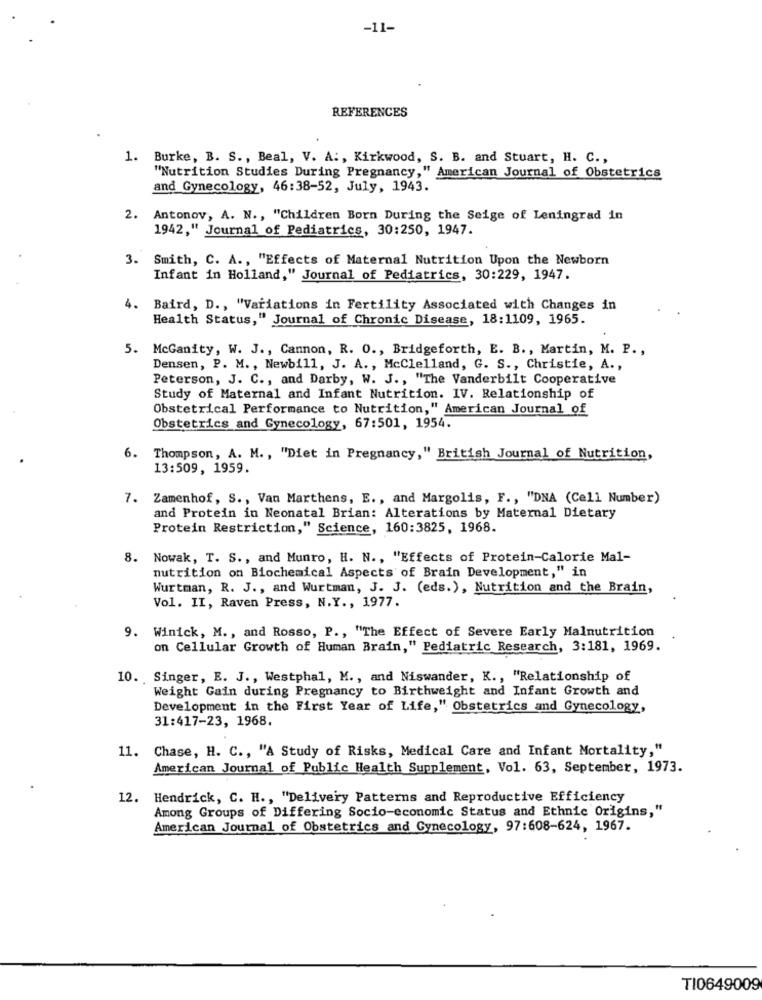
-11-
REFERENCES
1. Burke, B. S ., Beal, V. A :, Kirkwood, S. B. and Stuart, H. C .,
"Nutrition Studies During Pregnancy," American Journal of Obstetrics
and Gynecology, 46:38-52, July, 1943.
2. Antonov, A. N ., "Children Born During the Seige of Leningrad in
1942," Journal of Pediatrics, 30:250, 1947.
3. Smith, C. A ., "Effects of Maternal Nutrition Upon the Newborn
Infant in Holland," Journal of Pediatrics, 30:229, 1947.
Baird, D ., "Variations in Fertility Associated with Changes in
Health Status," Journal of Chronic Disease, 18:1109, 1965.
5. McGanity, W. J ., Cannon, R. O ., Bridgeforth, E. B ., Martin, M. P .,
Densen, P. M ., Newbill, J. A ., McClelland, G. S ., Christie, A .,
Peterson, J. C ., and Darby, W. J ., "The Vanderbilt Cooperative
Study of Maternal and Infant Nutrition. IV. Relationship of
Obstetrical Performance to Nutrition," American Journal of
Obstetrics and Gynecology, 67:501, 1954.
6.
Thompson, A. M ., "Diet in Pregnancy," British Journal of Nutrition,
13:509, 1959.
-
Zamenhof, S ., Van Marthens, E ., and Margolis, F ., "DNA (Cell Number)
and Protein in Neonatal Brian: Alterations by Maternal Dietary
Protein Restriction," Science, 160:3825, 1968.
8. Nowak, T. S ., and Munro, H. N ., "Effects of Protein-Calorie Mal-
nutrition on Biochemical Aspects of Brain Development," in
Wurtman, R. J ., and Wurtman, J. J. (eds.), Nutrition and the Brain,
Vol. II, Raven Press, N.Y ., 1977.
9. Winick, M ., and Rosso, P ., "The Effect of Severe Early Malnutrition
on Cellular Growth of Human Brain," Pediatric Research, 3:181, 1969.
10. Singer, E. J ., Westphal, M ., and Niswander, K ., "Relationship of
Weight Gain during Pregnancy to Birthweight and Infant Growth and
Development in the First Year of Life," Obstetrics and Gynecology,
31:417-23, 1968.
11. Chase, H. C ., "A Study of Risks, Medical Care and Infant Mortality,"
American Journal of Public Health Supplement, Vol. 63, September, 1973.
12. Hendrick, C. H ., "Delivery Patterns and Reproductive Efficiency
Among Groups of Differing Socio-economic Status and Ethnic Origins,"
American Journal of Obstetrics and Gynecology, 97:608-624, 1967.
TI0649009